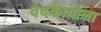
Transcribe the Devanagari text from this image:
वेदकार्याला